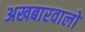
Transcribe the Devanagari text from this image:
अखबारवालो